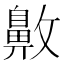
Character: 𪖖